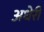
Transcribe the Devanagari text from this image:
अधेरी